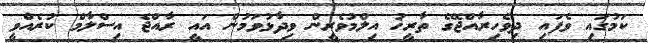
ކަމުގައި ވެފައި ދިވެހިރާއްޖޭގެ ތާރީޚު އިލްމުވެރީން ވިދާޅުވަމުން އައީ ރާއްޖެ އިސްލާމް ކުރެއްވީ